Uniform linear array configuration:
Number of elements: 4
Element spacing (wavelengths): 0.5
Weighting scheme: hann
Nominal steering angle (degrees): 15
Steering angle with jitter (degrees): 15.871
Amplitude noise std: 0.05
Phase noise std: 0.05

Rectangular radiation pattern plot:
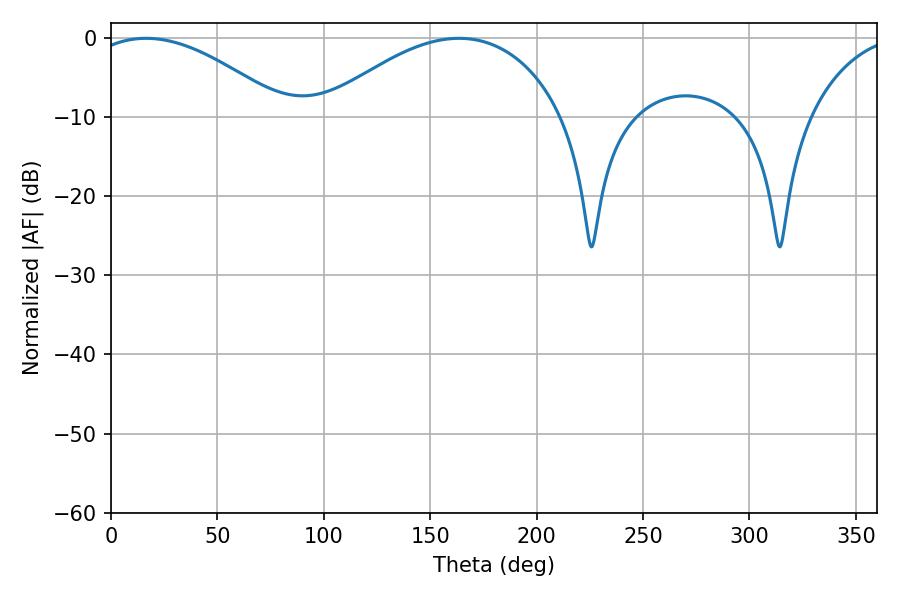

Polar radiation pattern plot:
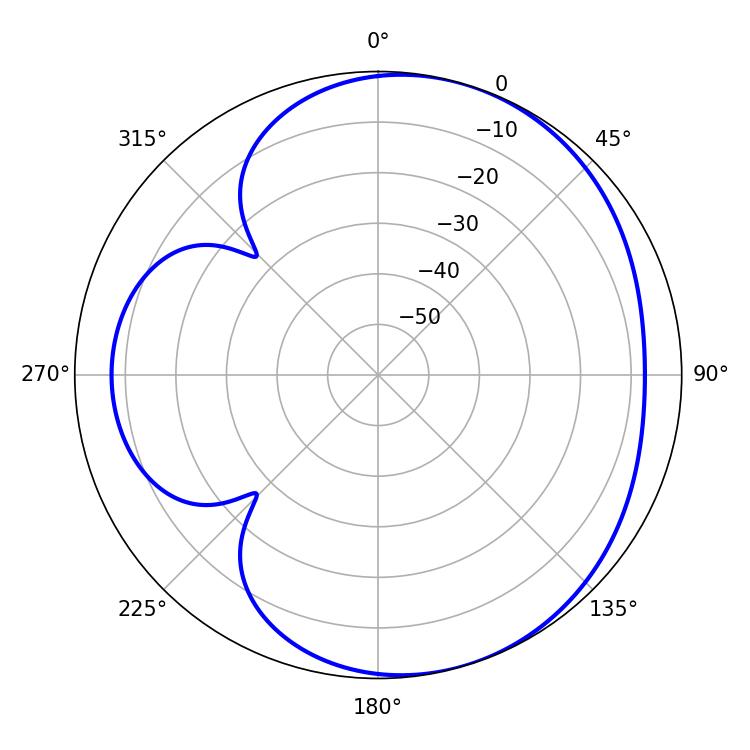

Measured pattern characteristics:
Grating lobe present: FALSE
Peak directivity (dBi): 4.601
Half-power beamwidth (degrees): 51.48
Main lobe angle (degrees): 16.38